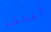
أعتقد